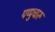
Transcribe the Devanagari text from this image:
पप्पुचारू